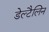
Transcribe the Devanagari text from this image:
डेल्टैलिन